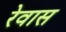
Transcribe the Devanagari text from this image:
रेवास